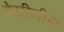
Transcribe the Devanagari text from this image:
डेसीनीस